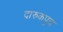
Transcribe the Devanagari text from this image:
दारुकपुत्र